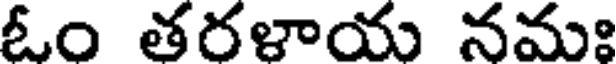
ఓం తరళాయ నమః